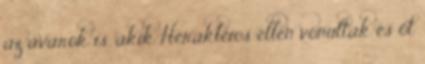
az avarok is, akik Herakleios ellen vonultak és őt